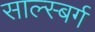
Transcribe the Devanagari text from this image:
साल्स्बर्ग